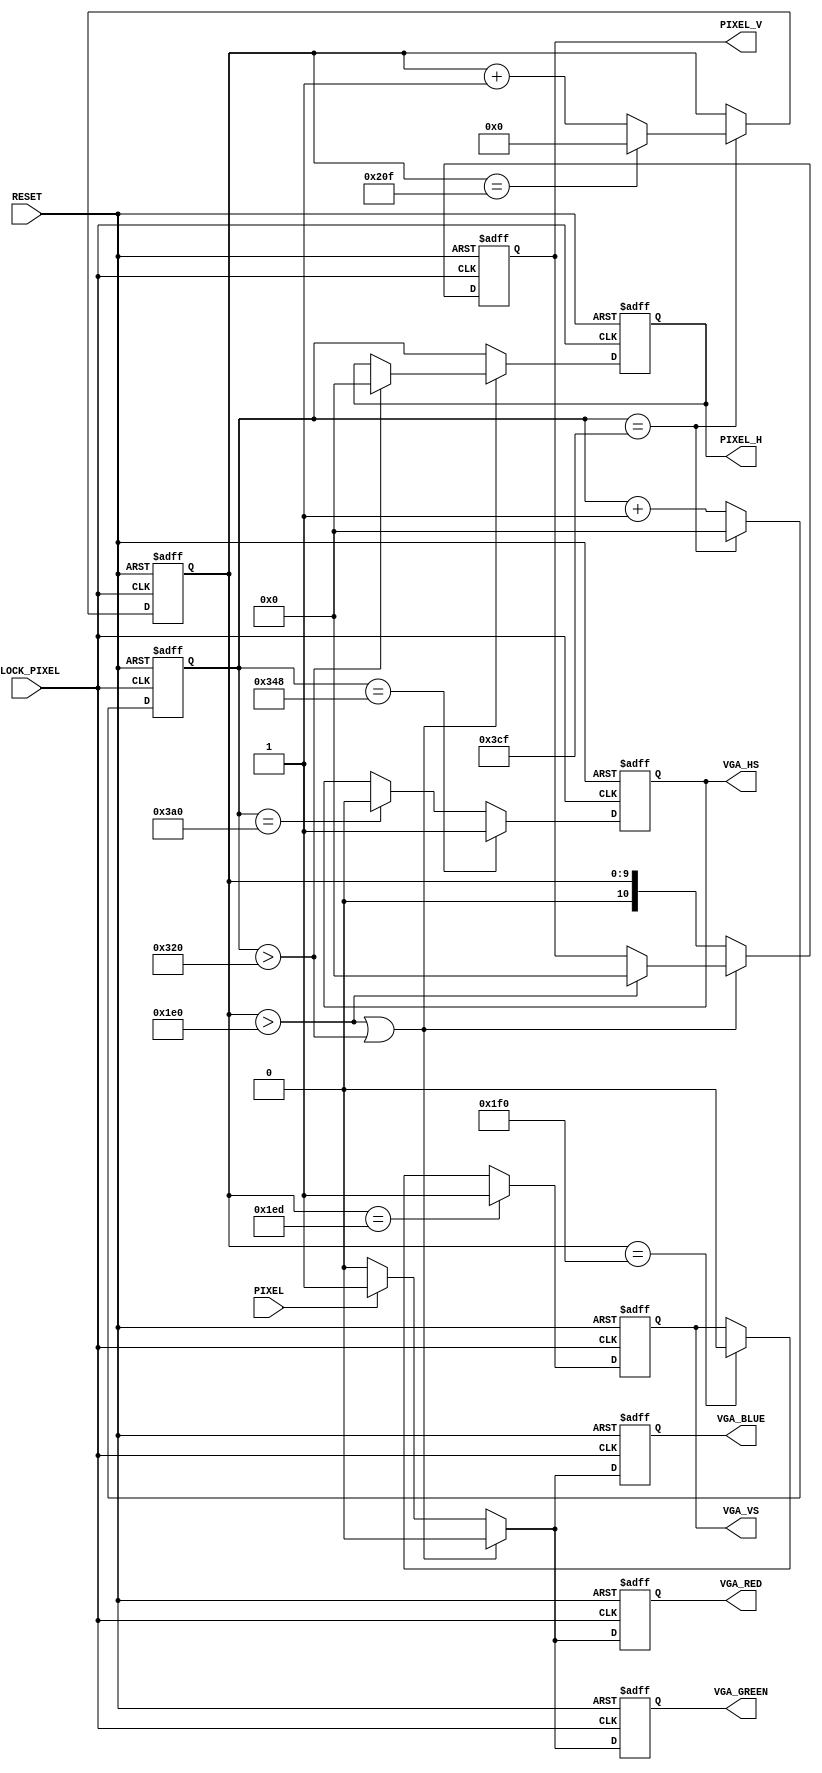
module vga_bw
    (
        CLOCK_PIXEL,
        RESET,
        PIXEL,
        PIXEL_H,
        PIXEL_V,
        VGA_RED,
        VGA_GREEN,
        VGA_BLUE,
        VGA_HS,
        VGA_VS
    );
    input CLOCK_PIXEL;
    input RESET;
    input PIXEL; // black (0) or white (1)
    output [10:0] PIXEL_H;
    output [10:0] PIXEL_V;
    output VGA_RED;
    output VGA_GREEN;
    output VGA_BLUE;
    output VGA_HS;
    output VGA_VS;

    /* Internal registers for horizontal signal timing */
    reg [10:0] hor_reg; // to count up to 975
    reg [10:0] hor_pixel; // the next pixel
    reg hor_sync;
    wire hor_max = (hor_reg == 975); // to tell when a line is full

    /* Internal registers for vertical signal timing */
    reg [9:0] ver_reg; // to count up to 527
    reg [10:0] ver_pixel; // the next pixel
    reg ver_sync;
    reg red, green, blue;
    wire ver_max = (ver_reg == 527); // to tell when a line is full

    // visible pixel counter
    //reg [15:0] visible_pixel;

    /* Running through line */
    always @ (posedge CLOCK_PIXEL or posedge RESET) begin

        if (RESET) begin 
            hor_reg <= 0;
            ver_reg <= 0;
        end
        else if (hor_max) begin
            hor_reg <= 0;

            /* Running through frame */
            if (ver_max) begin
                ver_reg <= 0;
            end else begin
                ver_reg <= ver_reg + 1;
            end
        end else begin
            hor_reg <= hor_reg + 1;
        end

    end
    
    always @ (posedge CLOCK_PIXEL or posedge RESET) begin
    
        if (RESET) begin 
            hor_sync <= 0;
            ver_sync <= 0;
            
            red <= 0;
            green <= 0;
            blue <= 0;
            
            hor_pixel <= 0;
            ver_pixel <= 0;
        end
        else begin

            /* Generating the horizontal sync signal */
            if (hor_reg == 840) begin          // video (800) + front porch (40)
                hor_sync <= 1;                 // turn on horizontal sync pulse
            end else if (hor_reg == 928) begin // video (800) + front porch (40) + Sync Pulse (88)
                hor_sync <= 0;                 // turn off horizontal sync pulse
            end
            
            /* Generating the vertical sync signal */
            if (ver_reg == 493) begin          // LINES: video (480) +  front porch (13)
                ver_sync <= 1;                 // turn on vertical sync pulse
            end else if (ver_reg == 496) begin // LINES: video (480) + front porch (13) + Sync Pulse (3)
                ver_sync <= 0;                 // turn off vertical sync pulse
            end
                
            // black during the porches
            if (ver_reg > 480 || hor_reg > 800) begin
                red <= 0;
                green <= 0;
                blue <= 0;
                
                if (ver_reg > 480) begin
                    ver_pixel <= 0;
                end 
                if (hor_reg > 800) begin
                    hor_pixel <= 0;
                end 
                
            end
            
            else begin
                hor_pixel <= hor_reg;
                ver_pixel <= ver_reg;
                
                
                // Draw the pixel.
                if (PIXEL) begin
                    // white
                    red <= 1;
                    green <= 1;
                    blue <= 1;
                end 
                else begin
                    // black
                    red <= 0;
                    green <= 0;
                    blue <= 0;
                end
                

            end
        end
    end

    // Send the sync signals to the output.
    assign VGA_HS = hor_sync;
    assign VGA_VS = ver_sync;
 
    assign VGA_RED =  red;
    assign VGA_GREEN = green;
    assign VGA_BLUE = blue;
    
    assign PIXEL_H = hor_pixel;
    assign PIXEL_V = ver_pixel;
    
endmodule